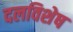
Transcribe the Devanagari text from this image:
दलविशेष